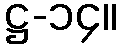
ဋ္ဌ-၁၄။